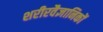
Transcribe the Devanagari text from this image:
शरीरवैज्ञानिकों